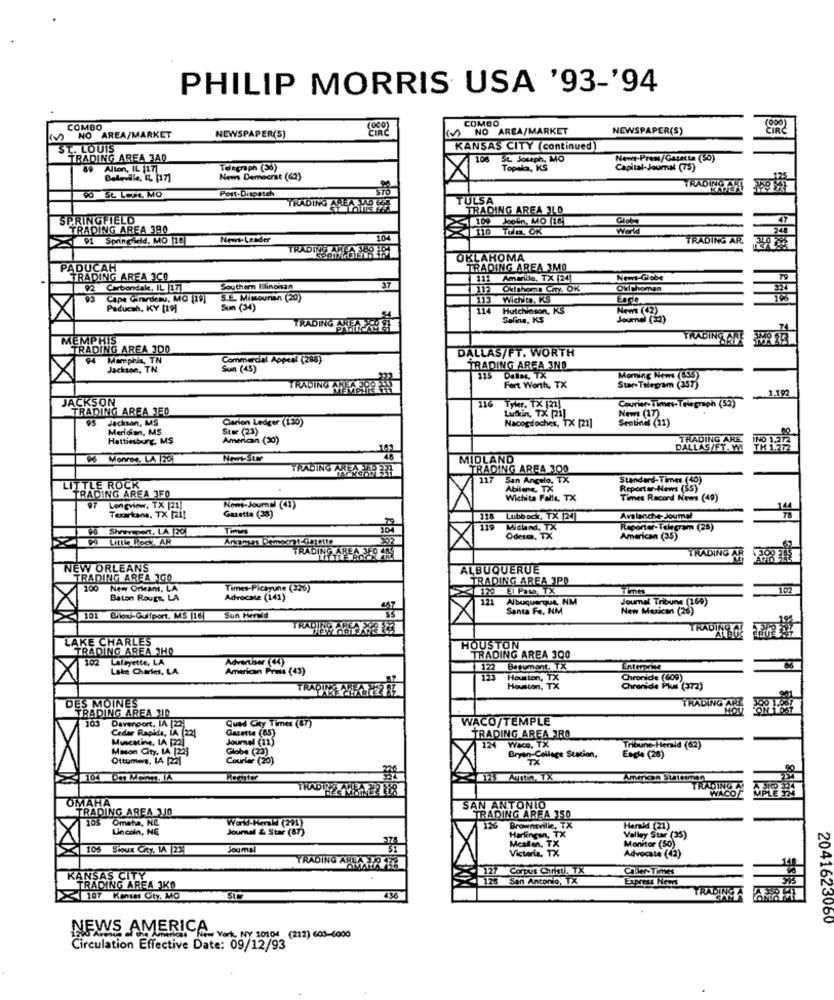
PHILIP MORRIS USA '93-'94
COMBO
COMBO
NEWSPAPER(S)
NO AREA/MARKET
NEWSPAPER(S)
NO AREA/MARKET
L. LOUIS
KANSAS CITY (continued)
TRADING AREA JAD
6 St. Joseph. MO
Newt-Prem/Gasstta (50)
89
Alton, IL 117
Telegraph (36)
Topela, KS
Capital-Joumat (75)
Beteville, IL [17]
News Democrat (62)
Port-Dispatch
TRADING AR
TRADING
TULSA
TRADING AREA ILO
SPRINGFIELD
109 Jepin, MO [16
Globe
TRADING AREA 390
110 Tulm. OK
World
248
91 Springfield, MO 119|
News-Leader
104
TRADING AR
TRADING
OKLAHOMA
PADUCAH
TRADING AREA 3MO
TRADING AREA 3C0
37
111 Amarillo, TX [24]
Newt-Globe
92 Carbondak, IL |171
92
Southern Illinoisan
112
Oklahoma City. OK
Oklahoman
324
Cape Girardeau, MO [19]
S.E. Mimouran (20)
113
Wichita, KS
Paducah, KY [19]
Sun (34)
114
Hutchinson, KS
News (42)
TRADING
Salma, KS
Journal (32)
MEMPHIS
TRADING ARE
TRADING AREA 300
DALLAS/FT. WORTH
94 Memphis, TN
Commercial Appeal (288)
Jackson, TN
Sun (45)
TRADING AREA 3NO
115 Dallas, TX
Morning News (LS53
TRADING AREA 308 23
Fort Worth, TX
Star-Telegram
1.192
JACKSON
116 Tyler, TX [21]
Courier Time-Telegraph (52)
TRADING AREA 3F0
Lufkin, TX [21]
Jackson, MS
Clarion Ledger (130)
Sentinel (11)
Nem (17)
Meridian, MS
Stor (23)
Nacogdoches, TX [21]
Hattiesburg, MS
American (30)
TRADING ARE
IND 1,272
DALLAS/FT. W
TH 1.272
96 Monroe, LA 70)
Non-Stw
MIDLAND
TRADING AREAL PER
TRADING AREA 300
117
San Angelo, TX
Standard-Times (10)
LITTLE ROCK
TRADING AREA JFO
Abilene, TX
Reportar-News (55)"
Wichita Falls, TX
Times Record News (40)
97
Longview. TX [21]
News-Journal (41)
Texarkana, TX [21]
Gazette (33)
313
118 Lubbock, TX [24]
Avalanche Joumal
96 Shreveport, LA [20]
204
Michnd, TX
Reporter-Telegram (28)
Littb Pech AR
Arkansas Democrat dimette
Odese, TX
American (35)
TRADING AREA 3FO 485
TRADING AR
NEW ORLEANS
ALBUQUERUE
TRADING AREA 300
TRADING AREA 3PO
100
New Orleans, LA
Times-Picayune (326)
< 120 El Paw, TX
Times
102
Baton Rouge, LA
Advocate (141)
121 Albuquerque, NM
Journal Tribune (169)
457
Santa Fe. NM
New Mexican (26)
101 Bhow-Gulfport, MS [16]
Sun Herald
TRADING AL
LAKE CHARLES
TRADING AREA 3HO
HOUSTON
102 Lafayette, LA
TRADING AREA 300
Lake Charles, LA
American Press (43)
122 Beaumont, TX
122
Enterprise
123 Houston, TX
Chronicle (609)
Houston, TX
Chronide Plus (372)
DES MOINES
TRADING AREA 3ID
TRADING AN
103
Davenport. LA [22)
WACO/TEMPLE
Cedar Rapids, LA (22)
Qued City Times (67)
Gazette (85)
TRADING AREA IRO
Muscatine, IA (22)
Journal (11)
124 Waco. TX
Mason City, LA [22]
Globe (23)
Bryan-College Station,
Tribune-Herald (62)
Ottumwa, LA [22]
Courier (20)
TX
Eagle (26)
104 Om Menn, IA
Austin, TX
American Suttiman
TRADING A
WACO
OMAHA
TRADING AREA 310
SAN ANTONIO
TRADING AREA 350
Omaha, NE
World-Herald (291)
Lincoln, NE
Journal & Star (87)
126 Brownsville, TX
Harlingen, TX
.TX
Harald (21)
Valley Star (35)
Monitor (50)
105 Sioux City. 14 |23
Joumal
Mcallen, TX
Victoria, TX
Advocate (42)
TRADING ARE AIR 18
127 Corpus CTin. TX
Caller-Times
KANSAS CITY
128 San Antonio, TX
345
TRADING AREA 3KO
TRADING
107 Konses Oty. MO
2041623060
NEWS AMERICAN York, NY 10104 (212) 603-6000
Circulation Effective Date: 09/12/93